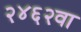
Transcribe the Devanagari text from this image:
२४६२वा